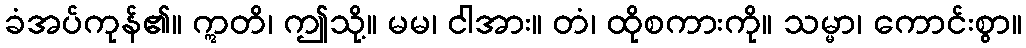
ခံအပ်ကုန်၏။ ဣတိ၊ ဤသို့။ မမ၊ ငါအား။ တံ၊ ထိုစကားကို။ သမ္မာ၊ ကောင်းစွာ။